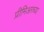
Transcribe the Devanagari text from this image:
प्रीमिअरच्या